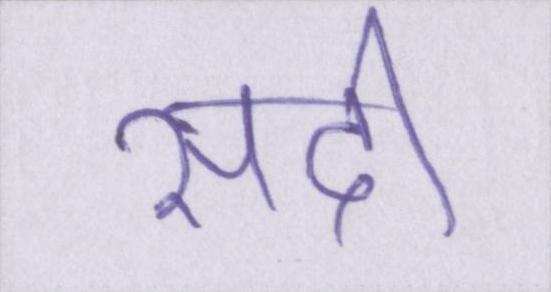
सदी